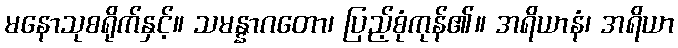
မနောသုစရိုက်နှင့်။ သမန္နာဂတော၊ ပြည့်စုံကုန်၏။ အရိယာနံ၊ အရိယာ